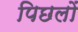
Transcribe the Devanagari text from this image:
पिछलों